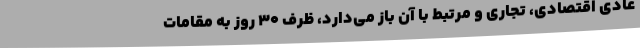
عادی اقتصادی، تجاری و مرتبط با آن باز می‌دارد، ظرف 30 روز به مقامات